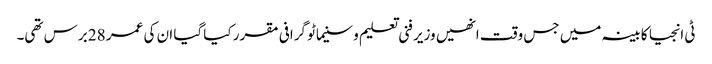
ٹی انجیا کابینہ میں جس وقت انھیں وزیر فنی تعلیم و سنیماٹو گرافی مقرر کیا گیا ان کی عمر 28 برس تھی۔